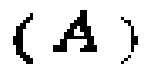
$(A)$